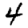
Digit: 4